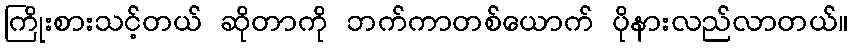
ကြိုးစားသင့်တယ် ဆိုတာကို ဘက်ကာတစ်ယောက် ပိုနားလည်လာတယ်။